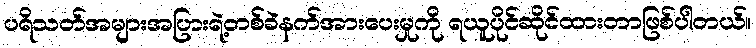
ပရိသတ်အများအပြားရဲ့တစ်ခဲနက်အားပေးမှုကို ရယူပိုင်ဆိုင်ထားတာဖြစ်ပါတယ်။